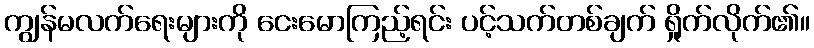
ကျွန်မလက်ရေးများကို ငေးမောကြည့်ရင်း ပင့်သက်တစ်ချက် ရှိုက်လိုက်၏။